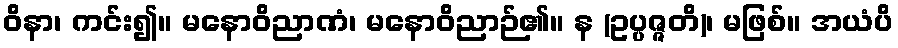
ဝိနာ၊ ကင်း၍။ မနောဝိညာဏံ၊ မနောဝိညာဉ်၏။ န (ဥပ္ပဇ္ဇတိ)၊ မဖြစ်။ အယံပိ